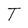
Character: T